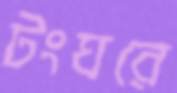
টংঘরে